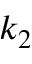
k _ { 2 }